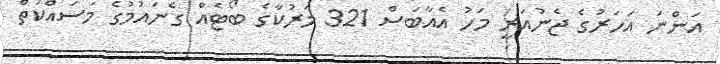
އަންނަ އަހަރުގެ ޖެނުއަރީ މަހު އެއާބަސް 321 މަރުކާގެ ބޯޓެއް ގެނައުމުގެ މަސައްކަތް